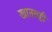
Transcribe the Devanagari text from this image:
खातबही